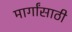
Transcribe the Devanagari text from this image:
मार्गांसाठी